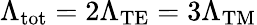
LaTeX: \Lambda_{\mathrm{tot}}=2\Lambda_{\mathrm{TE}}=3\Lambda_{\mathrm{TM}}